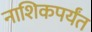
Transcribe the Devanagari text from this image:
नाशिकपर्यंत